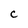
Character: c